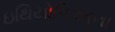
ઇથિયોપિઆના